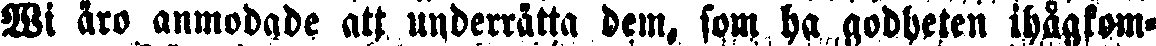
Wi åro anmodade att underrätta dem, som ha godheten ihågkom-